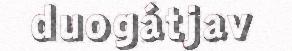
duogátjav